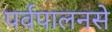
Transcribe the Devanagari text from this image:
पर्वपालनसे